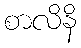
စာလိနိ